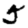
Digit: 5